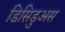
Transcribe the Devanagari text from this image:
डिसिडुअस